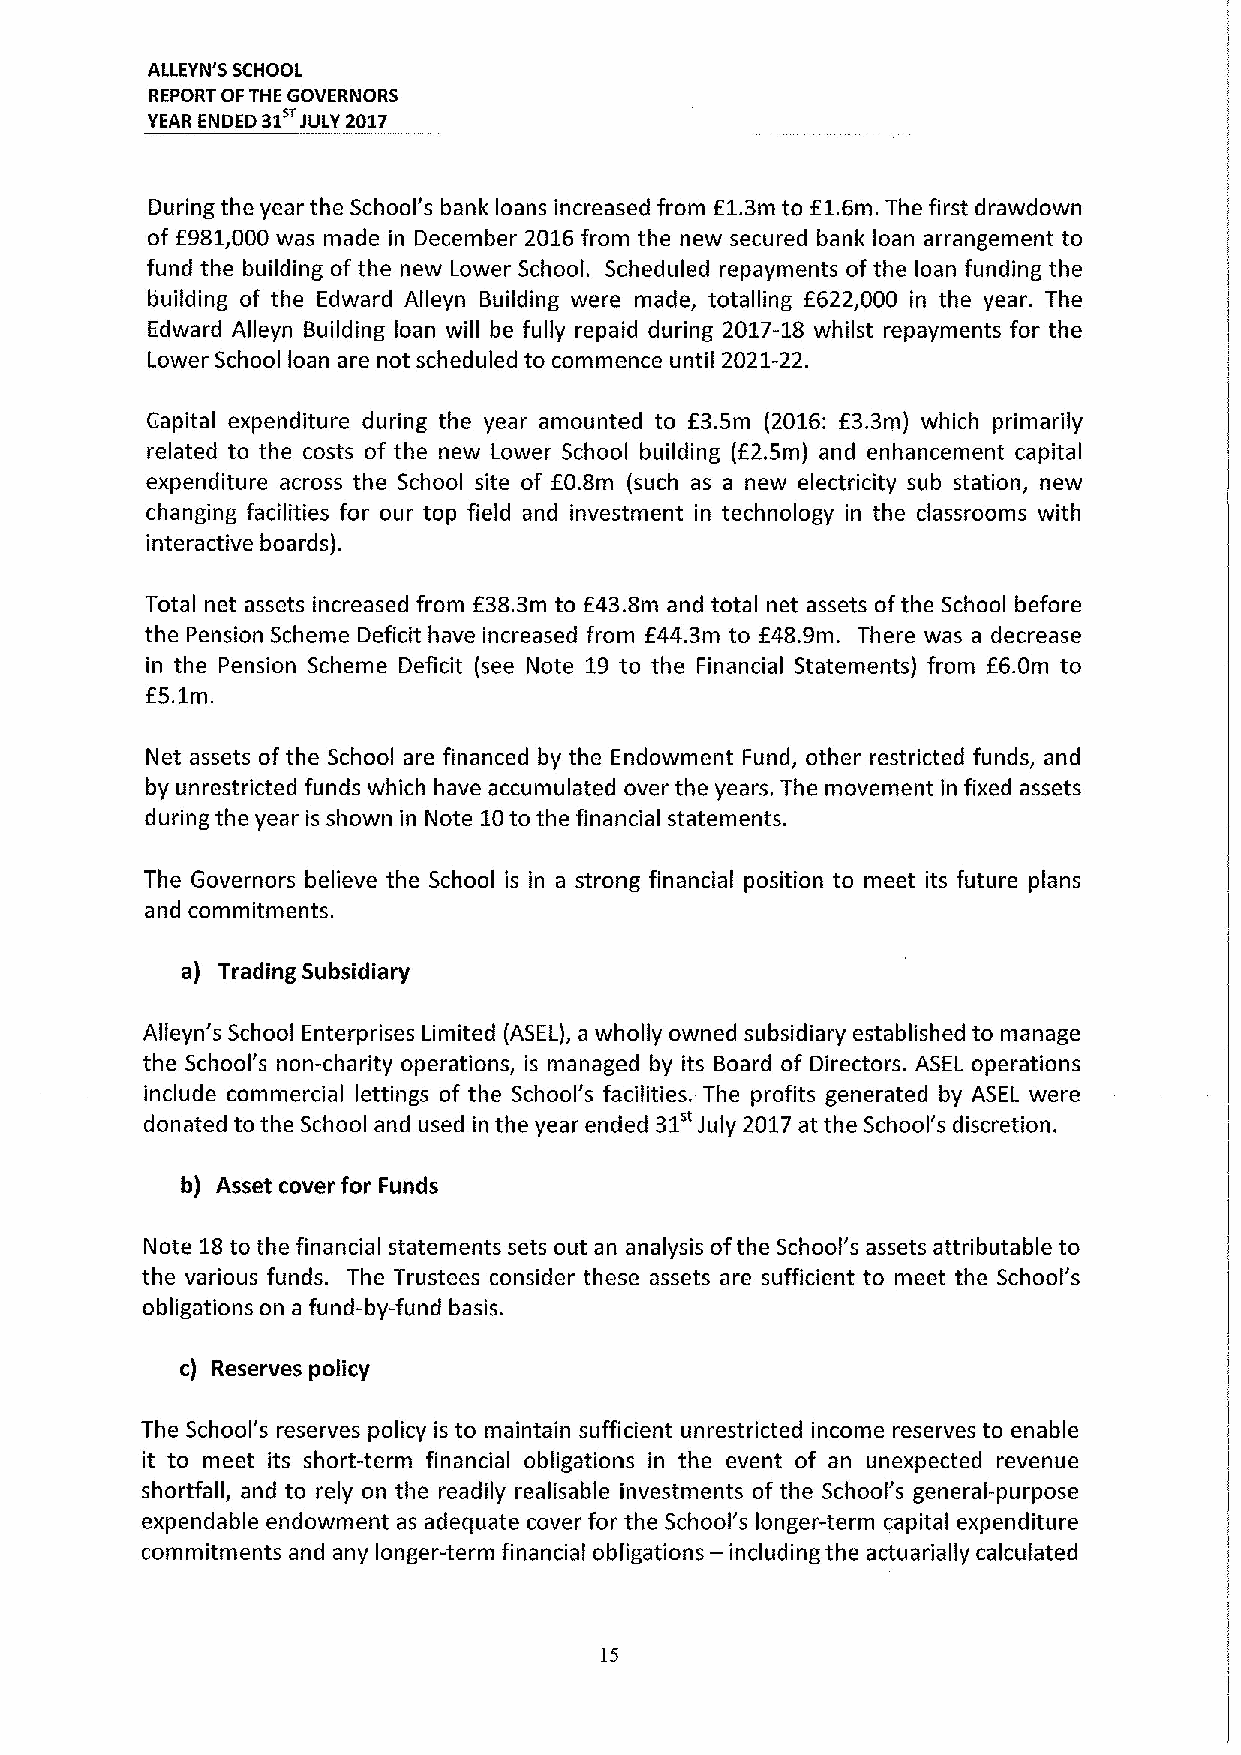
ALLEYN'S SCHOOL
 REPORT OFTHE GOVERNORS
 YEAR ENDED 01 JULY 2017
 During the year the School's bank loans increased from E1.3m to E1.6m. The first drawdown
 of f981,000 was made in December 2016from the new secured bank loan arrangement to
 fund the building of the new Lower School. Scheduled repayments of the loan funding the
 building of the Edward Alleyn Building were made, totalling f622,000 in the year. The
 Edward Alleyn Building loan will be fully repaid during 2017-18 whilst repayments for the
 Lower School loan are not scheduled to commence until 2021-22.
 Capital expenditure during the year amounted to f3. Sm (2016: E3.3m) which primarily
 related to the costs of the new Lower School building (E2.5m) and enhancement capital
 expenditure across the School site of EO.Bm (such as a new electricity sub station, new
 changing facilities for our top field and investment in technology in the classrooms with
 interactive boards).
 Total net assets increased from f38.3m to E43.8m and total net assets ofthe School before
 the Pension Scheme Deficit have increased from f44.3m to E48.9m. There was a decrease
 in the Pension Scheme Deficit (see Note 19 to the Financial Statements) from E6.0m to
 f5.1m.
 Net assets of the School are financed by the Endowment Fund, other restricted funds, and
 by unrestricted funds which have accumulated over the years. The movement in fixed assets
 during the year is shown in Note 10to the financial statements.
 The Governors believe the School is in a strong financial position to meet its future plans
 and commitments.
 a) Trading Subsidiary
 Alleyn's School Enterprises Limited (ASEL), a wholly owned subsidiary established to manage
 the School's non-charity operations, is managed by its Board of Directors. ASEL operations
 include commercial lettings of the School's facilities. The profits generated by ASEL were
 31"
 donated to the School and used in the year ended July 2017at the School's discretion.
 b) Asset cover for Funds
 Note 18to the financial statements sets out an analysis ofthe School's assets attributable to
 the various funds. The Trustees consider these assets are sufficient to meet the School's
 obligations on a fund-by-fund basis.
 c) Reserves policy
 The School's reserves policy is to maintain sufficient unrestricted income reserves to enable
 it to meet its short-term financial obligations in the event of an unexpected revenue
 shortfall, and to rely on the readily realisable investments of the School's general-purpose
 expendable endowment as adequate cover for the School's longer-term capital expenditure
 —
 commitments and any longer-term financial obligations including the actuarially calculated
 LS